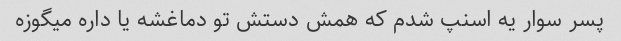
پسر سوار یه اسنپ شدم که همش دستش تو دماغشه یا داره میگوزه